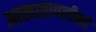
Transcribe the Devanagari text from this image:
आखातापलीकडे